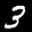
Label: 3